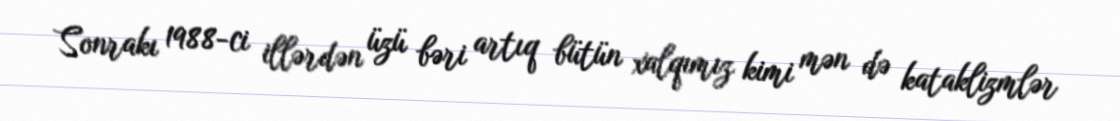
Sonrakı 1988-ci illərdən üzü bəri artıq bütün xalqımız kimi mən də kataklizmlər